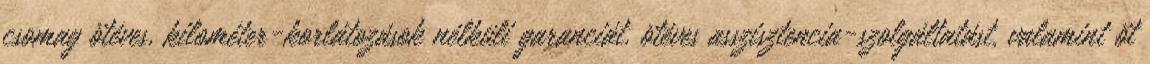
csomag ötéves, kilométer-korlátozások nélküli garanciát, ötéves asszisztencia-szolgáltatást, valamint öt